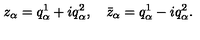
z _ { \alpha } = q _ { \alpha } ^ { 1 } + i q _ { \alpha } ^ { 2 } , \quad \bar { z } _ { \alpha } = q _ { \alpha } ^ { 1 } - i q _ { \alpha } ^ { 2 } .